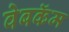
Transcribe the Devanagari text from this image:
वेबकॅम